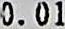
0.01